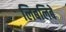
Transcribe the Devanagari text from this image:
लिबलिबे